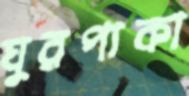
ঘুরপাকা